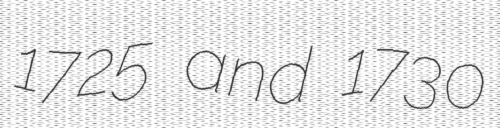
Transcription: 1725 and 1730